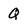
Character: Q